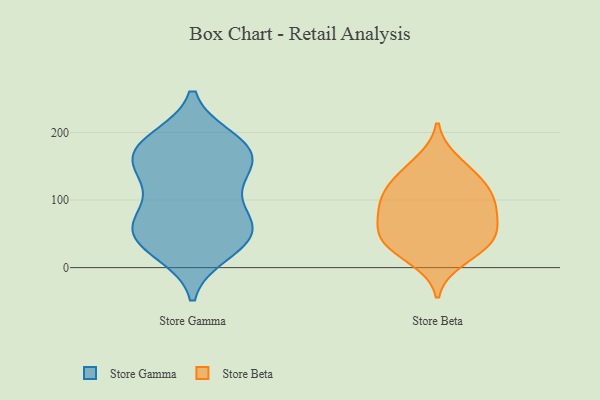
{"axis": {"x": "Production Output", "y": "Value"}, "legend": ["Store Beta", "Store Gamma"], "data": [{"x": "", "y": 190, "type": "Store Gamma"}, {"x": "", "y": 157, "type": "Store Gamma"}, {"x": "", "y": 74, "type": "Store Gamma"}, {"x": "", "y": 27, "type": "Store Gamma"}, {"x": "", "y": 73, "type": "Store Gamma"}, {"x": "", "y": 135, "type": "Store Gamma"}, {"x": "", "y": 22, "type": "Store Gamma"}, {"x": "", "y": 48, "type": "Store Gamma"}, {"x": "", "y": 160, "type": "Store Gamma"}, {"x": "", "y": 39, "type": "Store Gamma"}, {"x": "", "y": 187, "type": "Store Gamma"}, {"x": "", "y": 162, "type": "Store Gamma"}, {"x": "", "y": 173, "type": "Store Gamma"}, {"x": "", "y": 75, "type": "Store Gamma"}, {"x": "", "y": 139, "type": "Store Gamma"}, {"x": "", "y": 56, "type": "Store Gamma"}, {"x": "", "y": 50, "type": "Store Gamma"}, {"x": "", "y": 186, "type": "Store Gamma"}, {"x": "", "y": 111, "type": "Store Gamma"}, {"x": "", "y": 33, "type": "Store Beta"}, {"x": "", "y": 126, "type": "Store Beta"}, {"x": "", "y": 47, "type": "Store Beta"}, {"x": "", "y": 91, "type": "Store Beta"}, {"x": "", "y": 86, "type": "Store Beta"}, {"x": "", "y": 46, "type": "Store Beta"}, {"x": "", "y": 115, "type": "Store Beta"}, {"x": "", "y": 11, "type": "Store Beta"}, {"x": "", "y": 32, "type": "Store Beta"}, {"x": "", "y": 59, "type": "Store Beta"}, {"x": "", "y": 79, "type": "Store Beta"}, {"x": "", "y": 138, "type": "Store Beta"}, {"x": "", "y": 158, "type": "Store Beta"}, {"x": "", "y": 105, "type": "Store Beta"}]}